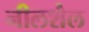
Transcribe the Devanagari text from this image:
नीलशैल